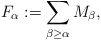
\begin{align*}F_\alpha := \sum_{\beta\ge\alpha} M_\beta,\end{align*}